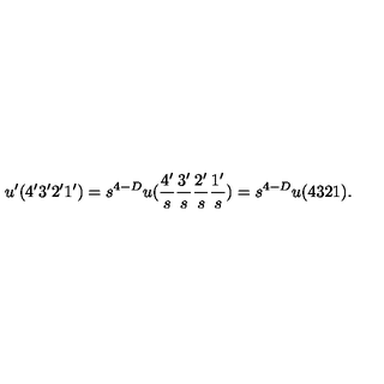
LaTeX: u ^ { \prime } ( 4 ^ { \prime } 3 ^ { \prime } 2 ^ { \prime } 1 ^ { \prime } ) = s ^ { 4 - D } u ( \frac { 4 ^ { \prime } } { s } \frac { 3 ^ { \prime } } { s } \frac { 2 ^ { \prime } } { s } \frac { 1 ^ { \prime } } { s } ) = s ^ { 4 - D } u ( 4 3 2 1 ) .